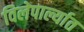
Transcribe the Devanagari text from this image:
विलेपार्ल्यात